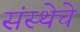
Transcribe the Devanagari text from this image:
संस्‍थेचे